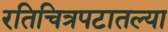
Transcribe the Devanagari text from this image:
रतिचित्रपटातल्या